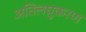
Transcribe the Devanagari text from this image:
अतिलघुकरण